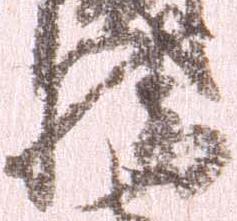
幡